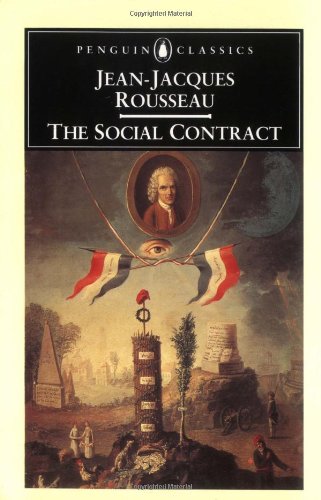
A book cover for The Social Contract (Penguin Classics); Jean-Jacques Rousseau; Politics & Social Sciences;